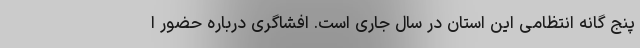
پنج گانه انتظامی این استان در سال جاری است. افشاگری درباره حضور ا